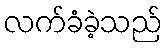
လက်ခံခဲ့သည်